Scottish Certificate of Education, 1963
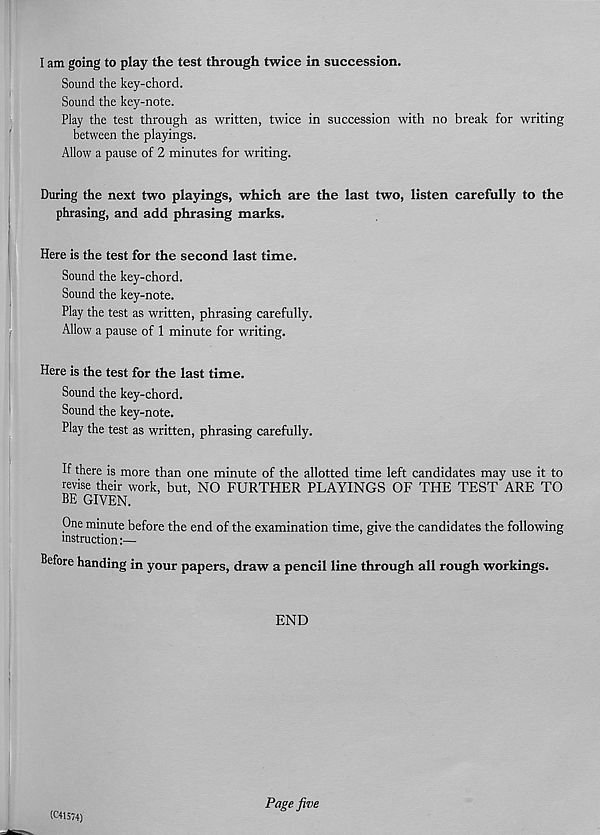
I am going to play the test through twice in succession.
Sound the key-chord.
Sound the key-note.
Play the test through as written, twice in succession with no break for writing
between the playings.
Allow a pause of 2 minutes for writing.
During the next two playings, which are the last two, listen carefully to the
phrasing, and add phrasing marks.
Here is the test for the second last time.
Sound the key-chord.
Sound the key-note.
Play the test as written, phrasing carefully.
Allow a pause of 1 minute for writing.
Here is the test for the last time.
Sound the key-chord.
Sound the key-note.
Play the test as written, phrasing carefully.
If there is more than one minute of the allotted time left candidates may use it to
revise their work, but, NO FURTHER PLAYINGS OF THE TEST ARE TO
BE GIVEN.
One minute before the end of the examination time, give the candidates the following
instruction:—
Before handing in your papers, draw a pencil line through all rough workings.
END
(C41574)
Page five